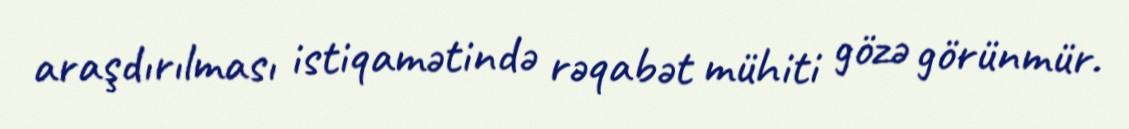
araşdırılması istiqamətində rəqabət mühiti gözə görünmür.